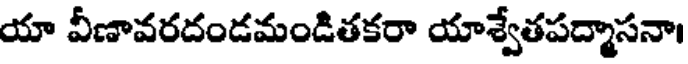
యా వీణావరదండమండితకరా యాశ్వేతపద్మాసనా।